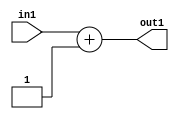
`timescale 1ps / 1ps
/*****************************************************************************
    Verilog RTL Description
    
    
    Created by: Stratus DpOpt 2019.1.01 
*******************************************************************************/

module DC_Filter_Add2i1s32_1 (
	in1,
	out1
	); /* architecture "behavioural" */ 
input [31:0] in1;
output [31:0] out1;
wire [31:0] asc001;

assign asc001 = 
	+(in1)
	+(32'B00000000000000000000000000000001);

assign out1 = asc001;
endmodule

/* CADENCE  ubPzTwg= : u9/ySgnWtBlWxVPRXgAZ4Og= ** DO NOT EDIT THIS LINE ******/